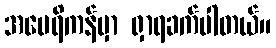
အမေရိကန်မှာ ရှာရခက်ပါတယ်။